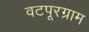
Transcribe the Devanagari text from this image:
वटपूरग्राम